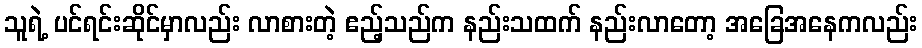
သူရဲ့ ပင်ရင်းဆိုင်မှာလည်း လာစားတဲ့ ဧည့်သည်က နည်းသထက် နည်းလာတော့ အခြေအနေကလည်း